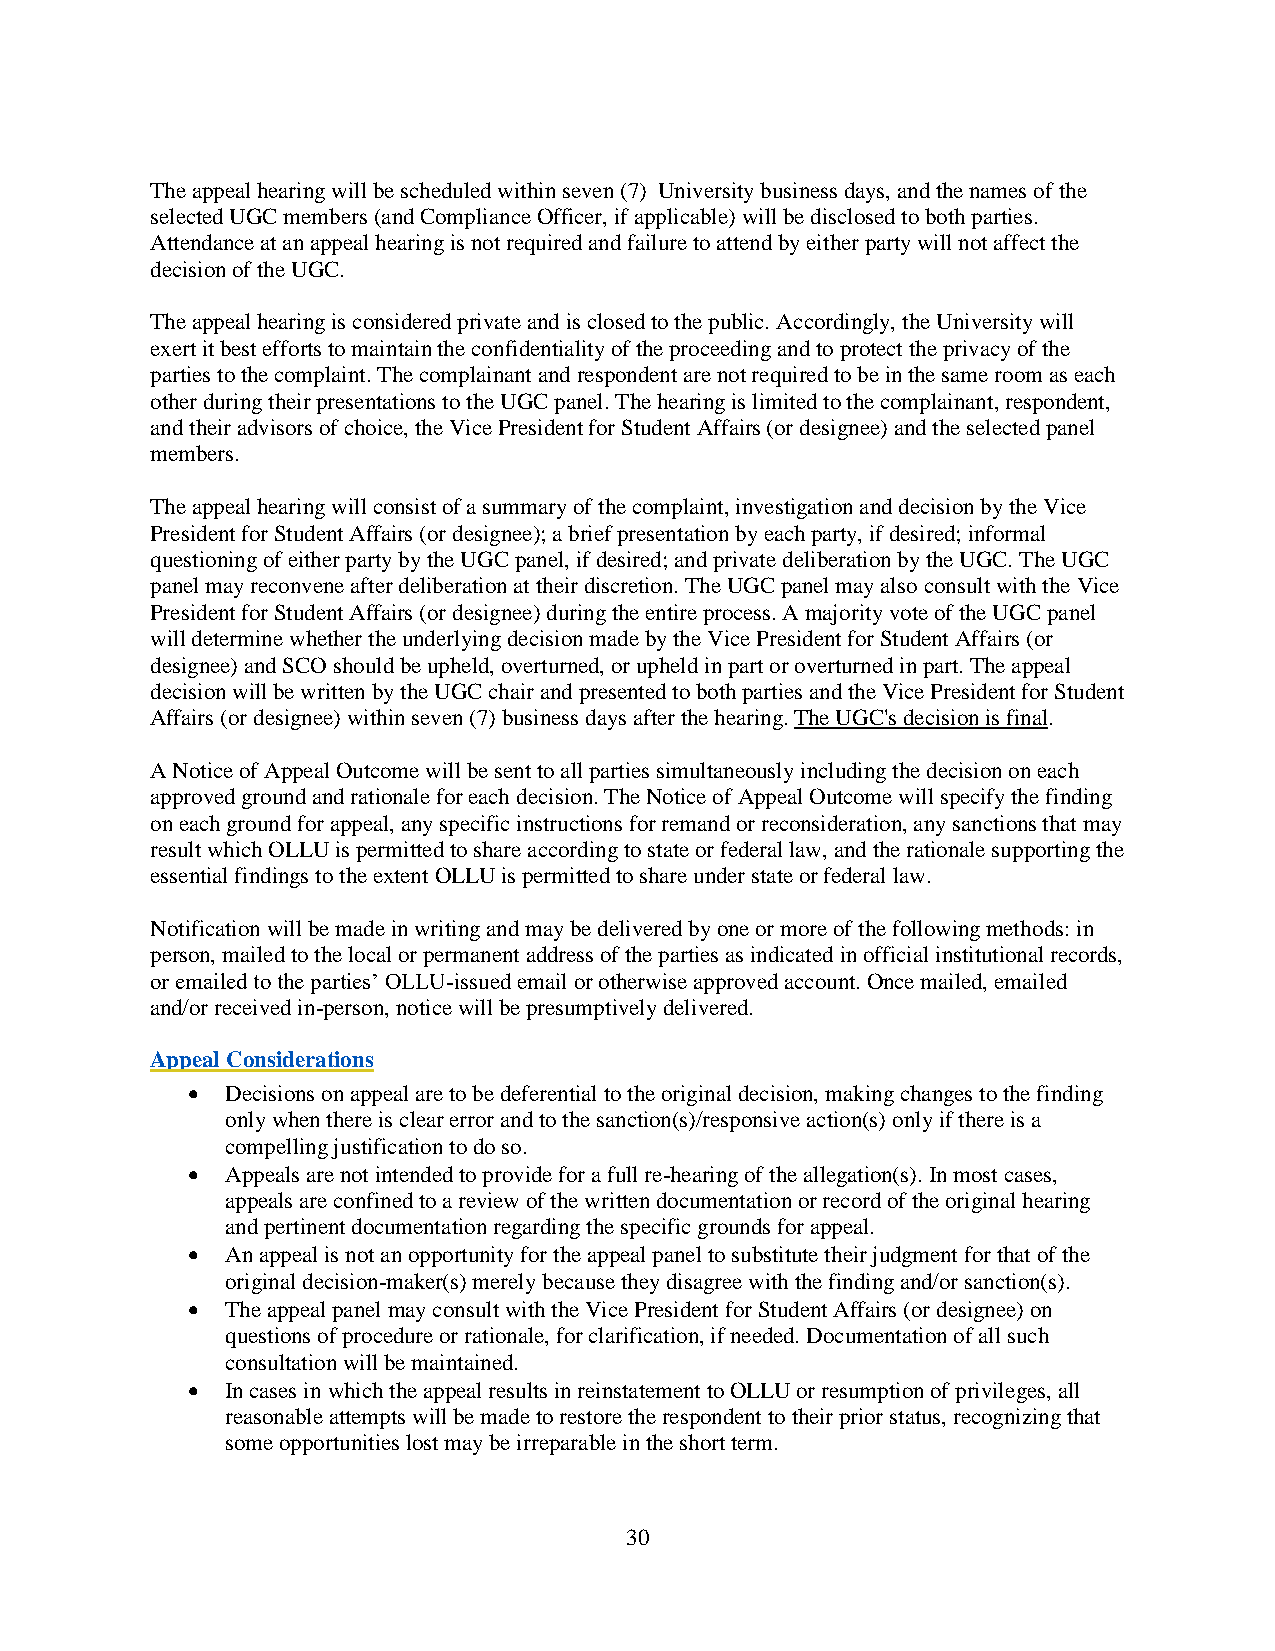
The appeal hearing will be scheduled within seven (7) University business days, and the names of the
 selected UGC members (and Compliance Officer, if applicable) will be disclosed to both parties.
 Attendance at an appeal hearing is not required and failure to attend by either party will not affect the
 decision of the UGC.
 The appeal hearing is considered private and is closed to the public. Accordingly, the University will
 exert it best efforts to maintain the confidentiality of the proceeding and to protect the privacy of the
 parties to the complaint. The complainant and respondent are not required to be in the same room as each
 other during their presentations to the UGC panel. The hearing is limited to the complainant, respondent,
 and their advisors of choice, the Vice President for Student Affairs (or designee) and the selected panel
 members.
 The appeal hearing will consist of a summary of the complaint, investigation and decision by the Vice
 President for Student Affairs (or designee); a brief presentation by each party, if desired; informal
 questioning of either party by the UGC panel, if desired; and private deliberation by the UGC. The UGC
 panel may reconvene after deliberation at their discretion. The UGC panel may also consult with the Vice
 President for Student Affairs (or designee) during the entire process. A majority vote of the UGC panel
 will determine whether the underlying decision made by the Vice President for Student Affairs (or
 designee) and SCO should be upheld, overturned, or upheld in part or overturned in part. The appeal
 decision will be written by the UGC chair and presented to both parties and the Vice President for Student
 Affairs (or designee) within seven (7) business days after the hearing. The UGC's decision is final.
 A Notice of Appeal Outcome will be sent to all parties simultaneously including the decision on each
 approved ground and rationale for each decision. The Notice of Appeal Outcome will specify the finding
 on each ground for appeal, any specific instructions for remand or reconsideration, any sanctions that may
 result which OLLU is permitted to share according to state or federal law, and the rationale supporting the
 essential findings to the extent OLLU is permitted to share under state or federal law.
 Notification will be made in writing and may be delivered by one or more of the following methods: in
 person, mailed to the local or permanent address of the parties as indicated in official institutional records,
 or emailed to the parties’ OLLU-issued email or otherwise approved account. Once mailed, emailed
 and/or received in-person, notice will be presumptively delivered.
 Appeal Considerations
 •  Decisions on appeal are to be deferential to the original decision, making changes to the finding
 only when there is clear error and to the sanction(s)/responsive action(s) only if there is a
 compelling justification to do so.
 •  Appeals are not intended to provide for a full re-hearing of the allegation(s). In most cases,
 appeals are confined to a review of the written documentation or record of the original hearing
 and pertinent documentation regarding the specific grounds for appeal.
 •  An appeal is not an opportunity for the appeal panel to substitute their judgment for that of the
 original decision-maker(s) merely because they disagree with the finding and/or sanction(s).
 •  The appeal panel may consult with the Vice President for Student Affairs (or designee) on
 questions of procedure or rationale, for clarification, if needed. Documentation of all such
 consultation will be maintained.
 •  In cases in which the appeal results in reinstatement to OLLU or resumption of privileges, all
 reasonable attempts will be made to restore the respondent to their prior status, recognizing that
 some opportunities lost may be irreparable in the short term.
 30